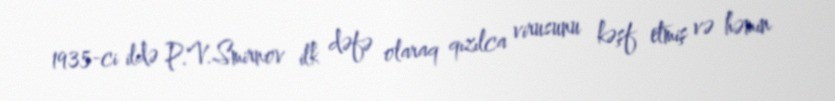
1935-ci ildə P.V.Smirnov ilk dəfə olaraq qızılca virusunu kəşf etmiş və həmin